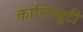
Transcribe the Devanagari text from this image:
कान्टिन्युटी